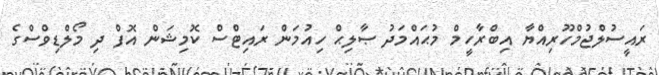
ރައީސުލްޖުމްހޫރިއްޔާ އިބްރާހީމް މުޙައްމަދު ޞާލިޙް ހިއުމަން ރައިޓްސް ކޮމިޝަން އޮފް ދި މޯލްޑިވްސްގެ